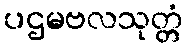
ပဌမဗလသုတ္တံ